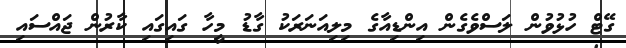
ގޭޓް ހުޅުވުން ލަސްވެގެން އިންޑިއާގެ މިިލިއަނަރަކު ގާޑު މީހާ ގައިގައި ކާރުން ޖައްސައި